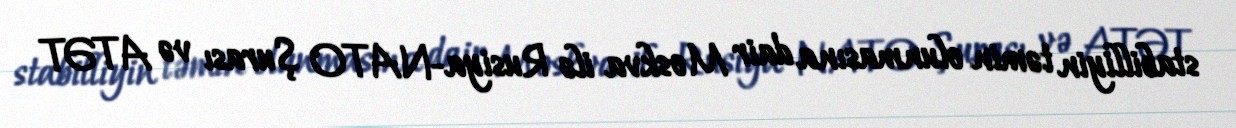
stabilliyin təmin olunmasına dair Moskva ilə Rusiya-NATO Şurası və ATƏT